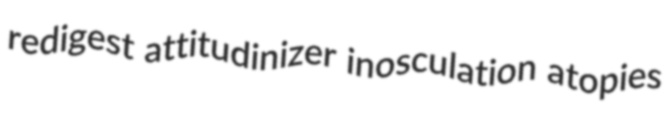
redigest attitudinizer inosculation atopies